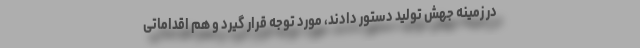
در زمینه جهش تولید دستور دادند، مورد توجه قرار گیرد و هم اقداماتی